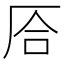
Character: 㕉